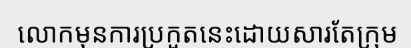
លោកមុនការប្រកួតនេះដោយសារតែក្រុម